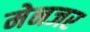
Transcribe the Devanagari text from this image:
मेनजर